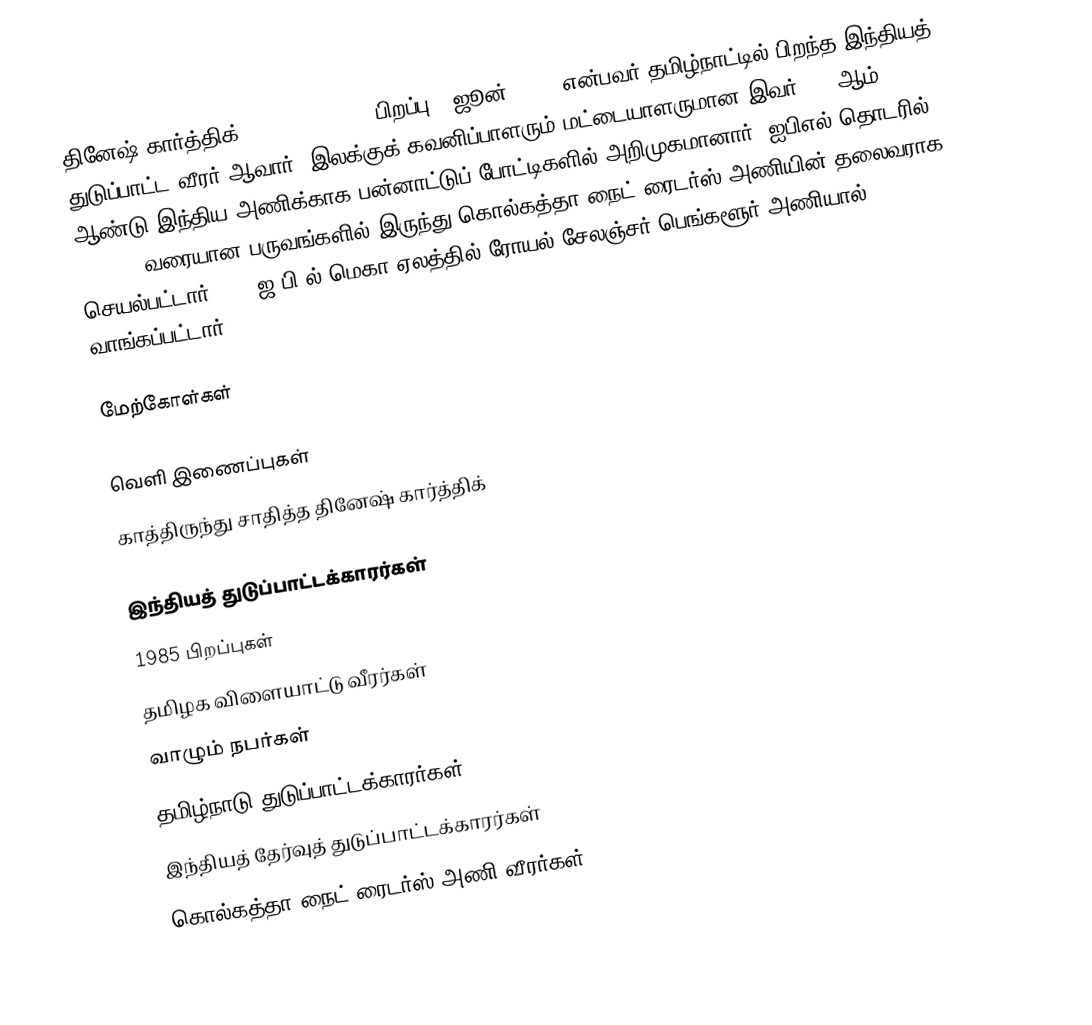
தினேஷ் கார்த்திக் (Dinesh Kathik, பிறப்பு:1 ஜூன் 1985) என்பவர் தமிழ்நாட்டில் பிறந்த இந்தியத் துடுப்பாட்ட வீரர் ஆவார். இலக்குக் கவனிப்பாளரும் மட்டையாளருமான இவர்  2004ஆம் ஆண்டு இந்திய அணிக்காக பன்னாட்டுப் போட்டிகளில் அறிமுகமானார். ஐபிஎல் தொடரில் 2018-20 வரையான பருவங்களில் இருந்து கொல்கத்தா நைட் ரைடர்ஸ் அணியின் தலைவராக செயல்பட்டார்.2022 ஜ.பி.ல் மெகா ஏலத்தில் ரோயல் சேலஞ்சர் பெங்களூர் அணியால் வாங்கப்பட்டார்

மேற்கோள்கள்

வெளி இணைப்புகள்
 காத்திருந்து சாதித்த தினேஷ் கார்த்திக்

இந்தியத் துடுப்பாட்டக்காரர்கள்
1985 பிறப்புகள்
தமிழக விளையாட்டு வீரர்கள்
வாழும் நபர்கள்
தமிழ்நாடு துடுப்பாட்டக்காரர்கள்
இந்தியத் தேர்வுத் துடுப்பாட்டக்காரர்கள்
கொல்கத்தா நைட் ரைடர்ஸ் அணி வீரர்கள்